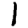
Digit: 1